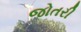
જોતરી